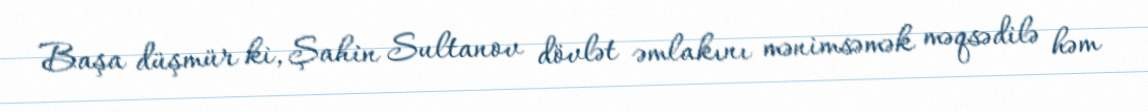
Başa düşmür ki, Şahin Sultanov dövlət əmlakını mənimsəmək məqsədilə həm